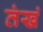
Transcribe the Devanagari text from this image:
तंखं